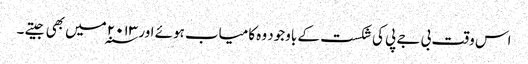
اس وقت بی جے پی کی شکست کے باوجود وہ کامیاب ہوئے اور ۲۰۱۳ ؁میں بھی جیتے ۔